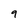
Character: 9